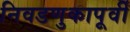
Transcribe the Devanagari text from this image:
निवडणुकापूर्वी